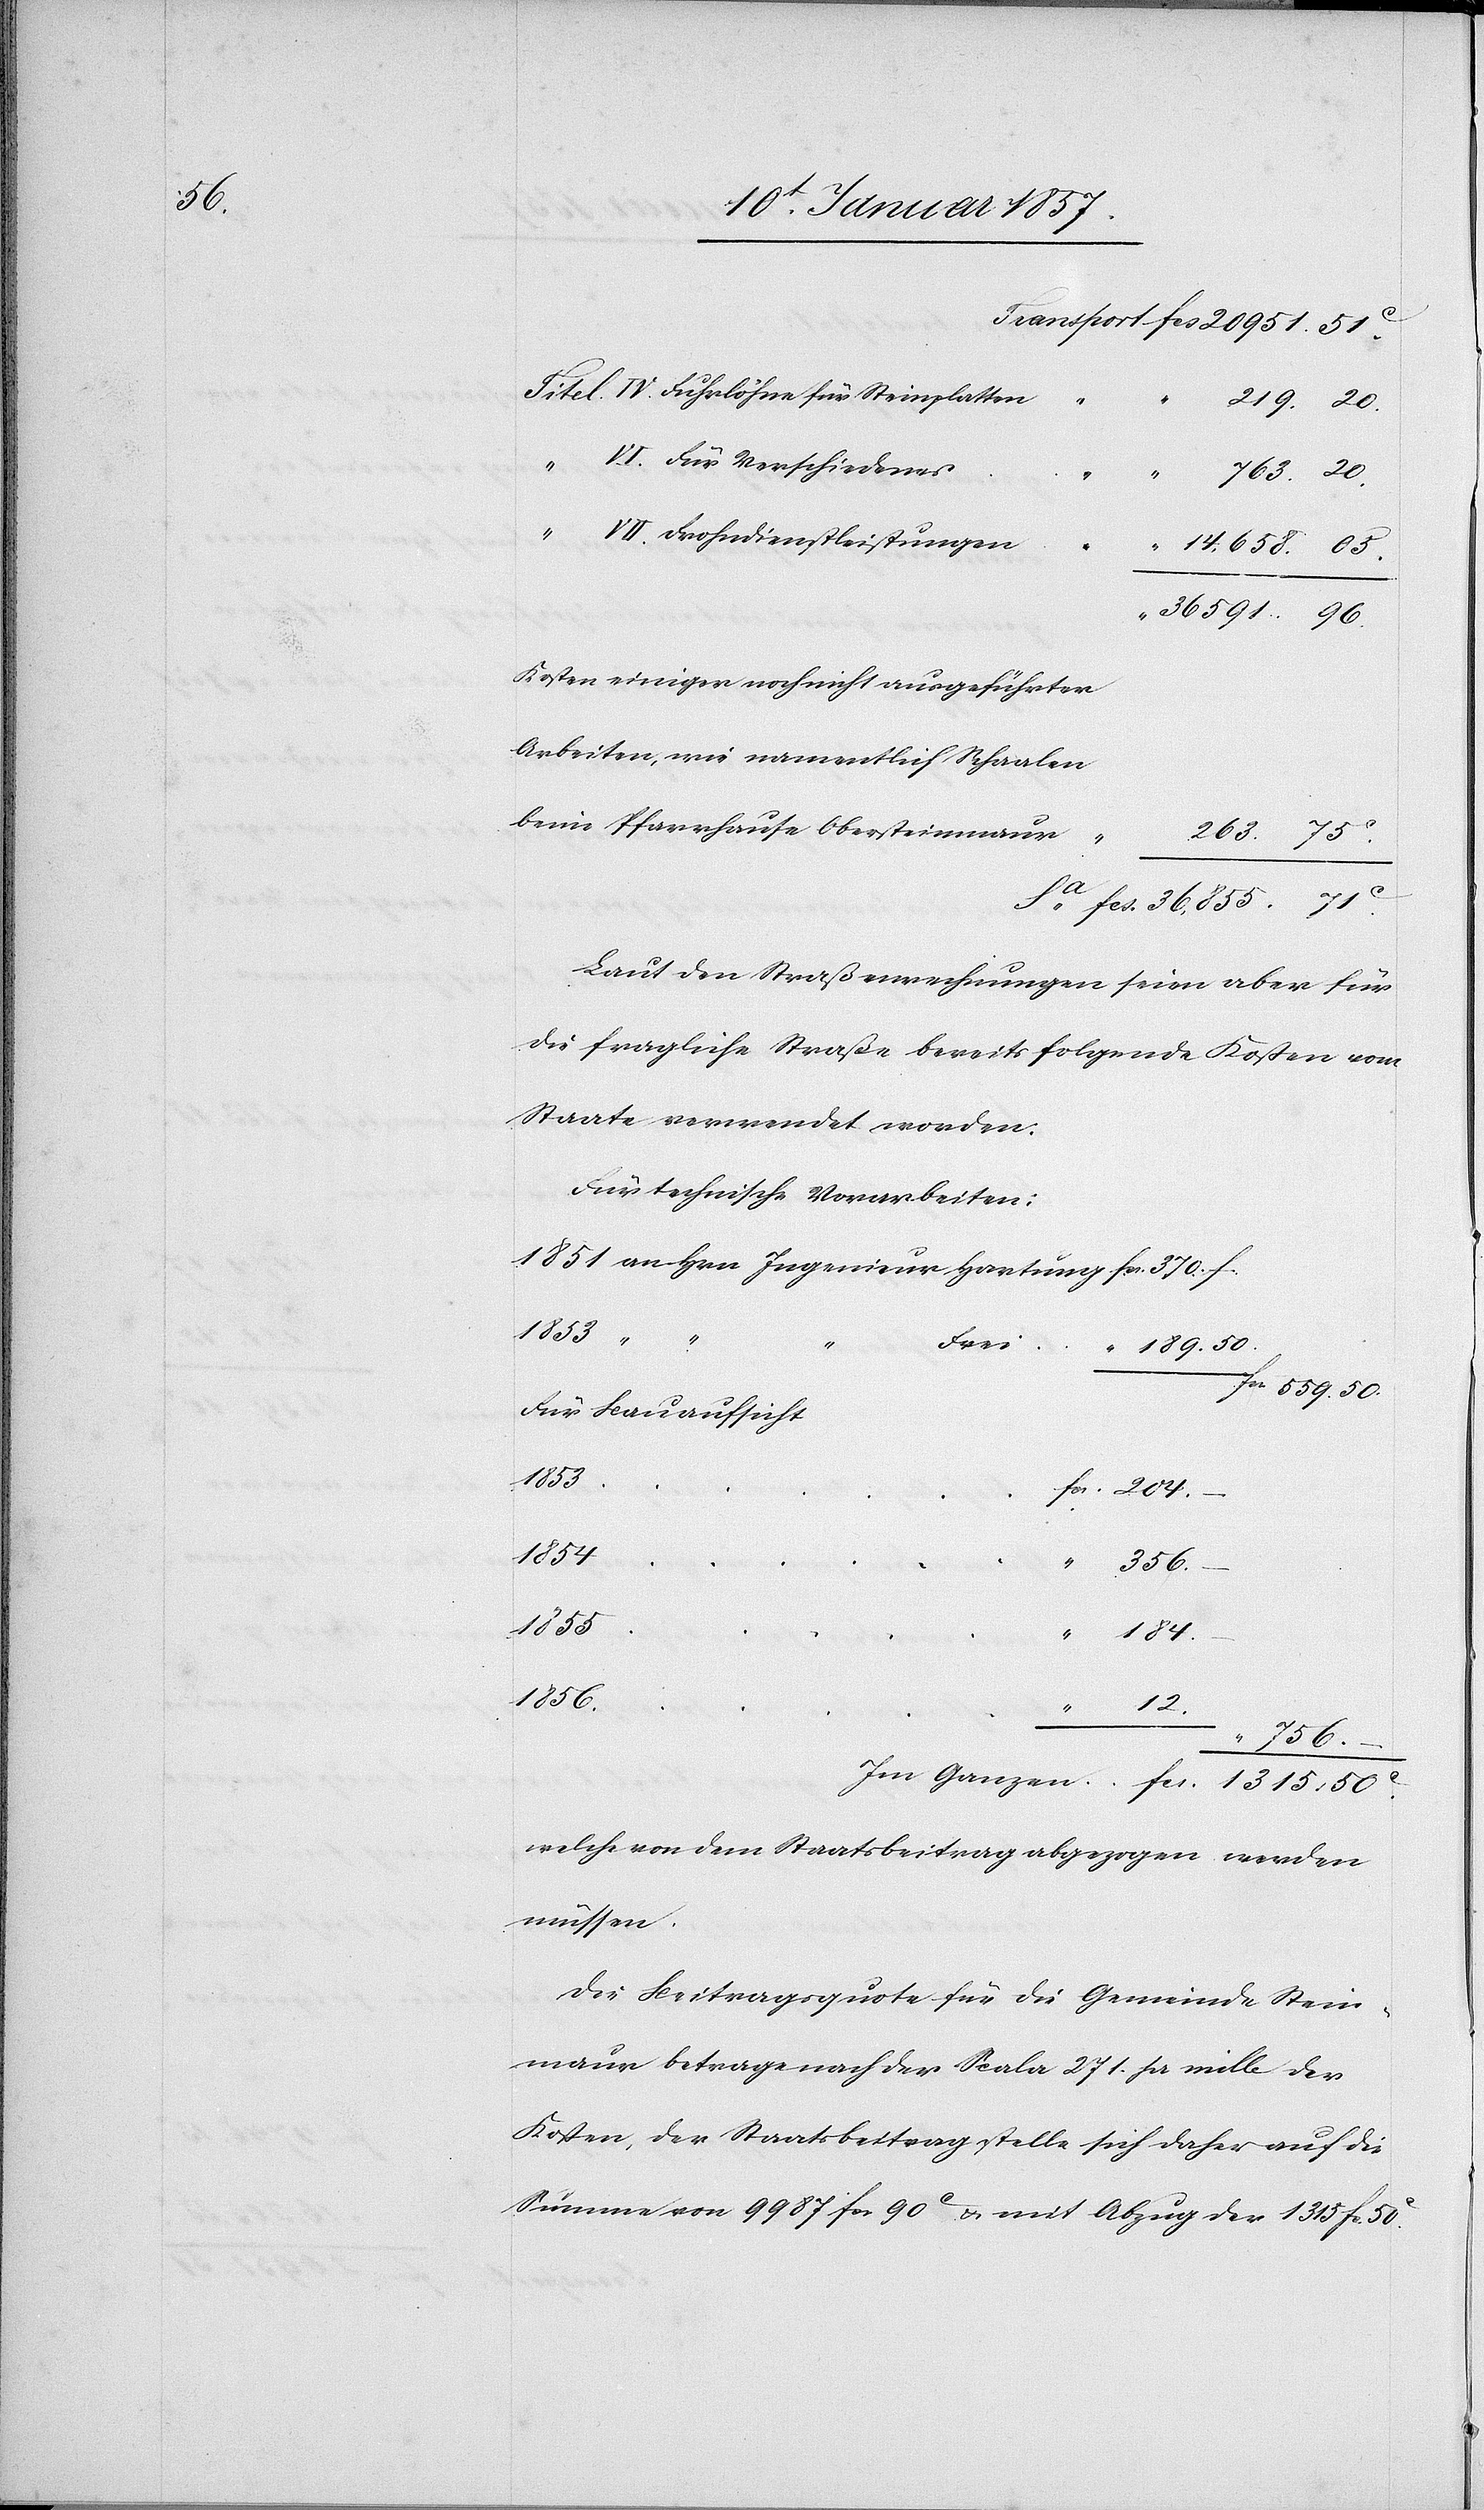
50.

IV. Fuhrlöhne für Steinplatten
–
50
20.
VI. Für Verschiedenes
Har¬
VII. Frohndienstleistungen
Kosten einiger noch nicht ausgeführten
Arbeiten, wie namentlich Schaalen
beim Pfarrhause Obersteinmaur
36,855.
Laut den Straßenrechnungen seien aber für
die fragliche Straße bereits folgende Kosten vom
Staate verwendet worden.
Für technische Vorarbeiten:
fcs.
Für Bauaufsicht
1853
184
50.
356.
1855
1856
12.
1315.
“ 756.
welche von dem Staatsbeitrag abgezogen werden
müssen.
Die Beitragsquote für die Gemeinde Stein¬
maur betrage nach der Scala 271. pr mille der
Kosten, der Staatsbeitrag stelle sich daher auf die
Summe von 9987 fcs 90 c & mit Abzug der 1315 fr.50